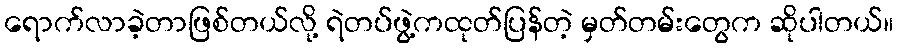
ရောက်လာခဲ့တာဖြစ်တယ်လို့ ရဲတပ်ဖွဲ့ကထုတ်ပြန်တဲ့ မှတ်တမ်းတွေက ဆိုပါတယ်။